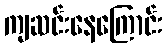
ကျဆင်းနေကြောင်း